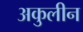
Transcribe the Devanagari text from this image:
अकुलीन